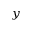
_ y